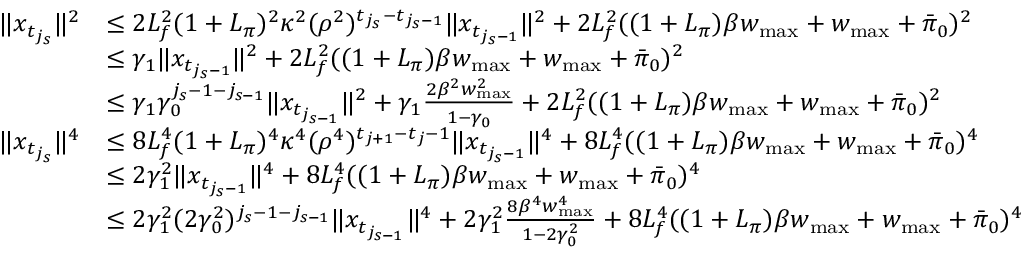
\begin{array} { r l } { \| x _ { t _ { j _ { s } } } \| ^ { 2 } } & { \leq 2 L _ { f } ^ { 2 } ( 1 + L _ { \pi } ) ^ { 2 } \kappa ^ { 2 } ( \rho ^ { 2 } ) ^ { t _ { j _ { s } } - t _ { j _ { s } - 1 } } \| x _ { t _ { j _ { s } - 1 } } \| ^ { 2 } + 2 L _ { f } ^ { 2 } ( ( 1 + L _ { \pi } ) \beta w _ { \operatorname* { m a x } } + w _ { \operatorname* { m a x } } + \bar { \pi } _ { 0 } ) ^ { 2 } } \\ & { \leq \gamma _ { 1 } \| x _ { t _ { j _ { s } - 1 } } \| ^ { 2 } + 2 L _ { f } ^ { 2 } ( ( 1 + L _ { \pi } ) \beta w _ { \operatorname* { m a x } } + w _ { \operatorname* { m a x } } + \bar { \pi } _ { 0 } ) ^ { 2 } } \\ & { \leq \gamma _ { 1 } \gamma _ { 0 } ^ { j _ { s } - 1 - j _ { s - 1 } } \| x _ { t _ { j _ { s - 1 } } } \| ^ { 2 } + \gamma _ { 1 } \frac { 2 \beta ^ { 2 } w _ { \operatorname* { m a x } } ^ { 2 } } { 1 - \gamma _ { 0 } } + 2 L _ { f } ^ { 2 } ( ( 1 + L _ { \pi } ) \beta w _ { \operatorname* { m a x } } + w _ { \operatorname* { m a x } } + \bar { \pi } _ { 0 } ) ^ { 2 } } \\ { \| x _ { t _ { j _ { s } } } \| ^ { 4 } } & { \leq 8 L _ { f } ^ { 4 } ( 1 + L _ { \pi } ) ^ { 4 } \kappa ^ { 4 } ( \rho ^ { 4 } ) ^ { t _ { j + 1 } - t _ { j } - 1 } \| x _ { t _ { j _ { s } - 1 } } \| ^ { 4 } + 8 L _ { f } ^ { 4 } ( ( 1 + L _ { \pi } ) \beta w _ { \operatorname* { m a x } } + w _ { \operatorname* { m a x } } + \bar { \pi } _ { 0 } ) ^ { 4 } } \\ & { \leq 2 \gamma _ { 1 } ^ { 2 } \| x _ { t _ { j _ { s } - 1 } } \| ^ { 4 } + 8 L _ { f } ^ { 4 } ( ( 1 + L _ { \pi } ) \beta w _ { \operatorname* { m a x } } + w _ { \operatorname* { m a x } } + \bar { \pi } _ { 0 } ) ^ { 4 } } \\ & { \leq 2 \gamma _ { 1 } ^ { 2 } ( 2 \gamma _ { 0 } ^ { 2 } ) ^ { j _ { s } - 1 - j _ { s - 1 } } \| x _ { t _ { j _ { s - 1 } } } \| ^ { 4 } + 2 \gamma _ { 1 } ^ { 2 } \frac { 8 \beta ^ { 4 } w _ { \operatorname* { m a x } } ^ { 4 } } { 1 - 2 \gamma _ { 0 } ^ { 2 } } + 8 L _ { f } ^ { 4 } ( ( 1 + L _ { \pi } ) \beta w _ { \operatorname* { m a x } } + w _ { \operatorname* { m a x } } + \bar { \pi } _ { 0 } ) ^ { 4 } } \end{array}